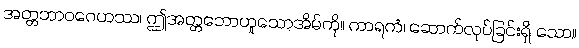
အတ္တဘာဝဂေဟဿ၊ ဤအတ္တဘောဟူသောအိမ်ကို။ ကာရကံ၊ ဆောက်လုပ်ခြင်းရှိ သော။